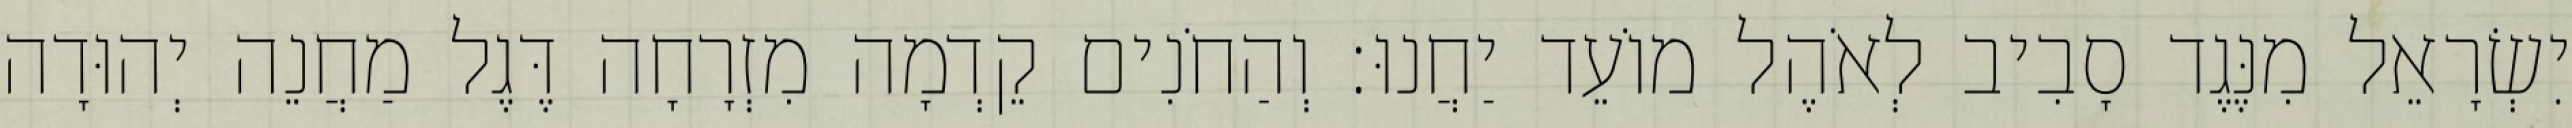
יִשְׂרָאֵל מִנֶּגֶד סָבִיב לְאֹהֶל מוֹעֵד יַחֲנוּ׃ וְהַחֹנִים קֵדְמָה מִזְרָחָה דֶּגֶל מַחֲנֵה יְהוּדָה